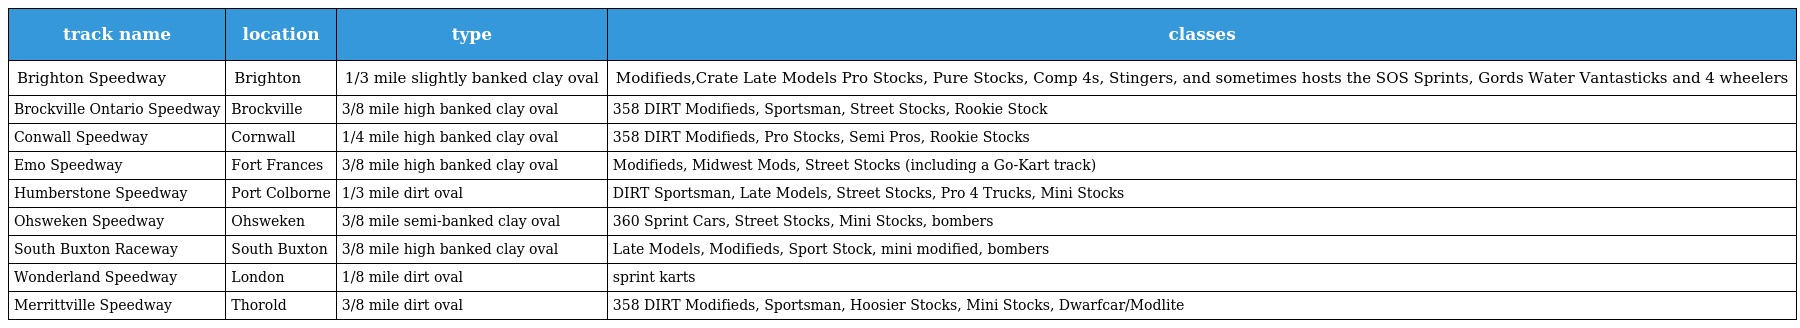
| track name | location | type | classes |
 | --- | --- | --- | --- |
 | Brighton Speedway | Brighton | 1/3 mile slightly banked clay oval | Modifieds,Crate Late Models Pro Stocks, Pure Stocks, Comp 4s, Stingers, and sometimes hosts the SOS Sprints, Gords Water Vantasticks and 4 wheelers |
 | Brockville Ontario Speedway | Brockville | 3/8 mile high banked clay oval | 358 DIRT Modifieds, Sportsman, Street Stocks, Rookie Stock |
 | Conwall Speedway | Cornwall | 1/4 mile high banked clay oval | 358 DIRT Modifieds, Pro Stocks, Semi Pros, Rookie Stocks |
 | Emo Speedway | Fort Frances | 3/8 mile high banked clay oval | Modifieds, Midwest Mods, Street Stocks (including a Go-Kart track) |
 | Humberstone Speedway | Port Colborne | 1/3 mile dirt oval | DIRT Sportsman, Late Models, Street Stocks, Pro 4 Trucks, Mini Stocks |
 | Ohsweken Speedway | Ohsweken | 3/8 mile semi-banked clay oval | 360 Sprint Cars, Street Stocks, Mini Stocks, bombers |
 | South Buxton Raceway | South Buxton | 3/8 mile high banked clay oval | Late Models, Modifieds, Sport Stock, mini modified, bombers |
 | Wonderland Speedway | London | 1/8 mile dirt oval | sprint karts |
 | Merrittville Speedway | Thorold | 3/8 mile dirt oval | 358 DIRT Modifieds, Sportsman, Hoosier Stocks, Mini Stocks, Dwarfcar/Modlite |